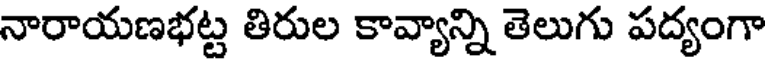
నారాయణభట్ట తిరుల కావ్యాన్ని తెలుగు పద్యంగా